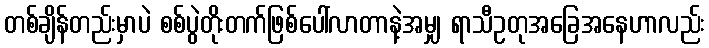
တစ်ချိန်တည်းမှာပဲ စစ်ပွဲတိုးတက်ဖြစ်ပေါ်လာတာနဲ့အမျှ ရာသီဥတုအခြေအနေဟာလည်း